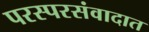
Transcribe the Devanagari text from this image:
परस्परसंवादात